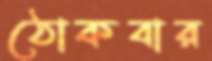
ঠোকবার